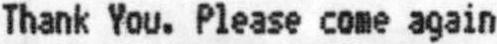
THANK YOU. PLEASE COME AGAIN